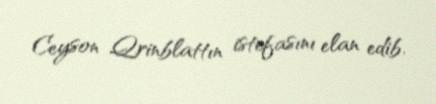
Ceyson Qrinblattın istefasını elan edib.